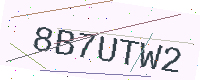
Text: 8B7UTW2